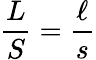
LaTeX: {\frac{L}{S}}={\frac{\ell}{s}}